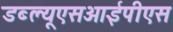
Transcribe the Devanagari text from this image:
डब्ल्यूएसआईपीएस